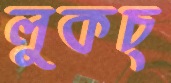
লুকচ্